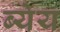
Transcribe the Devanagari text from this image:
ब्येय